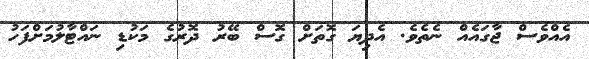
އެއްވެސް ޖާގައެއް ނެތެވެ. އެދިޔަ ގޮތަށް ގޮސް ބޭރު ދޮރުގެ މަކުޑި ނައްޓާލުމަށްފަހު